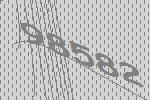
98582